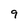
Character: 9